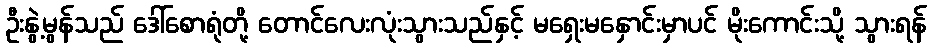
ဦးနွဲ့မွန်သည် ဒေါ်စောရုံတို့ တောင်လေးလုံးသွားသည်နှင့် မရှေးမနှောင်းမှာပင် မိုးကောင်းသို့ သွားရန်